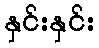
နှင်းနှင်း